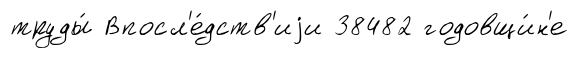
труды́ Впосл'е́дств'иjи 38482 годовщи́н'е